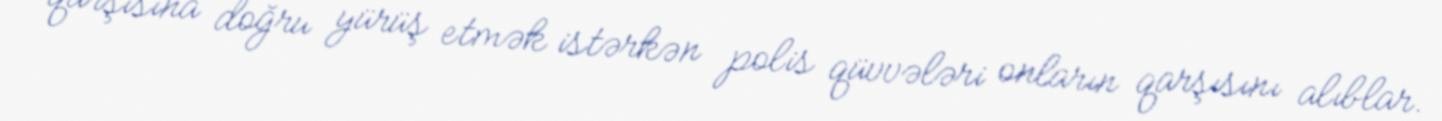
qarşısına doğru yürüş etmək istərkən polis qüvvələri onların qarşısını alıblar.